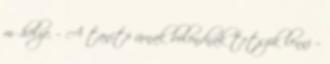
műhelye. – A tanító úrnak bolondnak tetszik lenni –